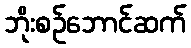
ဘိုးစဉ်ဘောင်ဆက်